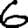
Digit: 6